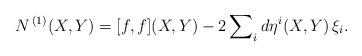
LaTeX: \begin{align*} N^{\,(1)}(X,Y) = [{f},{f}](X,Y) - 2\sum\nolimits_{i} d\eta^i(X,Y)\,\xi_i .\end{align*}